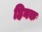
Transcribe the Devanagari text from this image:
हिनक